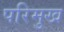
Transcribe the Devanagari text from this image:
परिमुख